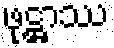
ဖုဋ္ဌာဿ